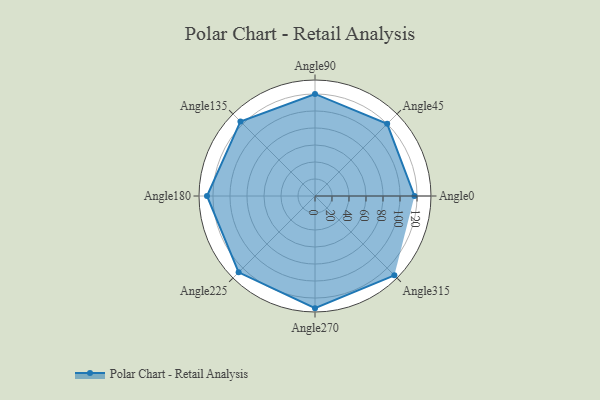
{"axis": {"x": "Angle", "y": "Radius"}, "legend": [""], "data": [{"x": "Angle0", "y": 117.0, "type": ""}, {"x": "Angle45", "y": 120.0, "type": ""}, {"x": "Angle90", "y": 120.0, "type": ""}, {"x": "Angle135", "y": 124.0, "type": ""}, {"x": "Angle180", "y": 127.0, "type": ""}, {"x": "Angle225", "y": 127.0, "type": ""}, {"x": "Angle270", "y": 132.0, "type": ""}, {"x": "Angle315", "y": 132.0, "type": ""}]}